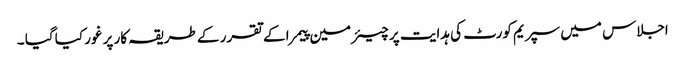
اجلاس میں سپریم کورٹ کی ہدایت پر چیئرمین پیمرا کے تقرر کے طریقہ کار پر غور کیا گیا ۔